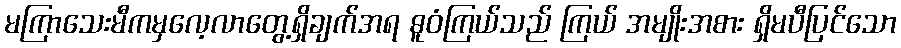
မကြာသေးမီကမှလေ့လာတွေ့ရှိချက်အရ ဓူဝံကြယ်သည် ကြယ် အမျိုးအစား ရှိမပီပြင်သော